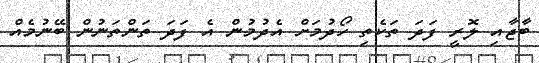
ބާޖާއި ލޮރީ ފަދަ ތަކެތި ހޯދުމަށް އެދުމުން އެ ފަދަ ތަންތަނުން ބޭނުމެއް